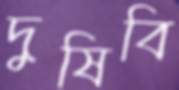
দুষিবি